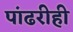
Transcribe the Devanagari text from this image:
पांढरीही